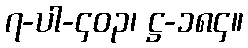
၇-ပါ-၄၀၃၊ ဋ္ဌ-၁၈၄။